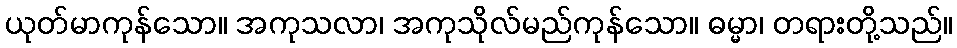
ယုတ်မာကုန်သော။ အကုသလာ၊ အကုသိုလ်မည်ကုန်သော။ ဓမ္မာ၊ တရားတို့သည်။